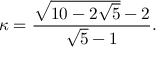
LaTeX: \kappa = { \frac { { \sqrt { 1 0 - 2 { \sqrt { 5 } } } } - 2 } { { \sqrt { 5 } } - 1 } } .